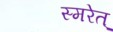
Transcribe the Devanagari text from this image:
स्मरेत्